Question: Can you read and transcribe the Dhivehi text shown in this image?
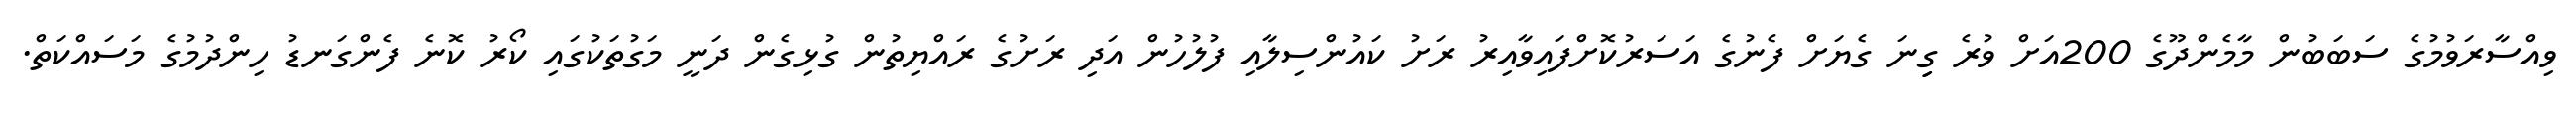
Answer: ވިއްސާރަވުމުގެ ސަބަބުން މާމެންދޫގެ 200އަށް ވުރެ ގިިނަ ގެޔަށް ފެނުގެ އަސަރުކޮށްފައިވާއިރު ރަށު ކައުންސިލާއި ފުލުހުން އަދި ރަށުގެ ރައްޔިތުން ގުޅިގެން ދަނީ މަގުތަކުގައި ކޯރު ކޮނެ ފެންގަނޑު ހިންދުމުގެ މަސައްކަތް.